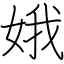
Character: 娥